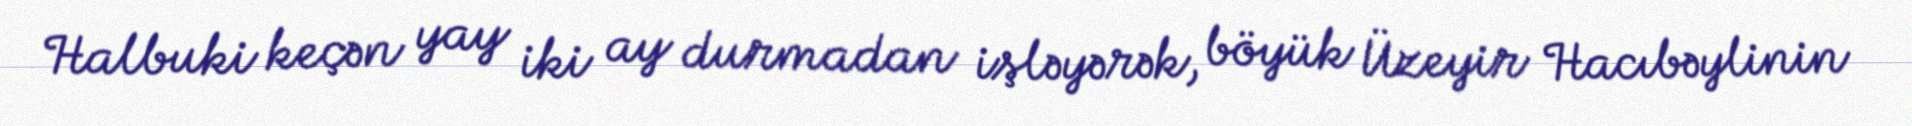
Halbuki keçən yay iki ay durmadan işləyərək, böyük Üzeyir Hacıbəylinin